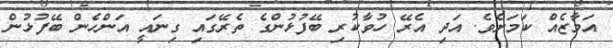
އަމާޒެއް ކަމަށެވެ. އަދި އެރޭ ހުވާކުރި ބޭފުޅުންގެ ތެރޭގައި ގިނައީ އަންހެން ބޭފުޅުން